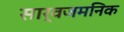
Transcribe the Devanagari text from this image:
सार्वजमनिक